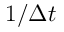
1 / \Delta t